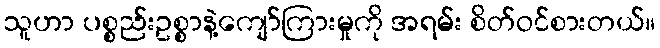
သူဟာ ပစ္စည်းဥစ္စာနဲ့ကျော်ကြားမှုကို အရမ်း စိတ်ဝင်စားတယ်။